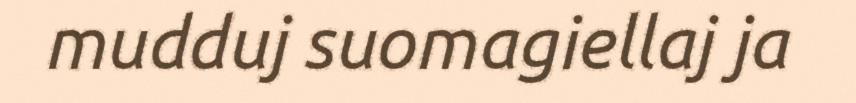
mudduj suomagiellaj ja